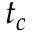
t _ { c }